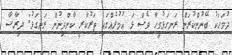
ދުވަހަކު ބޭނުންކުރަން ރަނގަޅުވީހާ ވެސް ޅަ އުމުރެއްގައި ތަރުކާރީ ކާންދިނުން ރަނގަޅު: ދިރާސާ